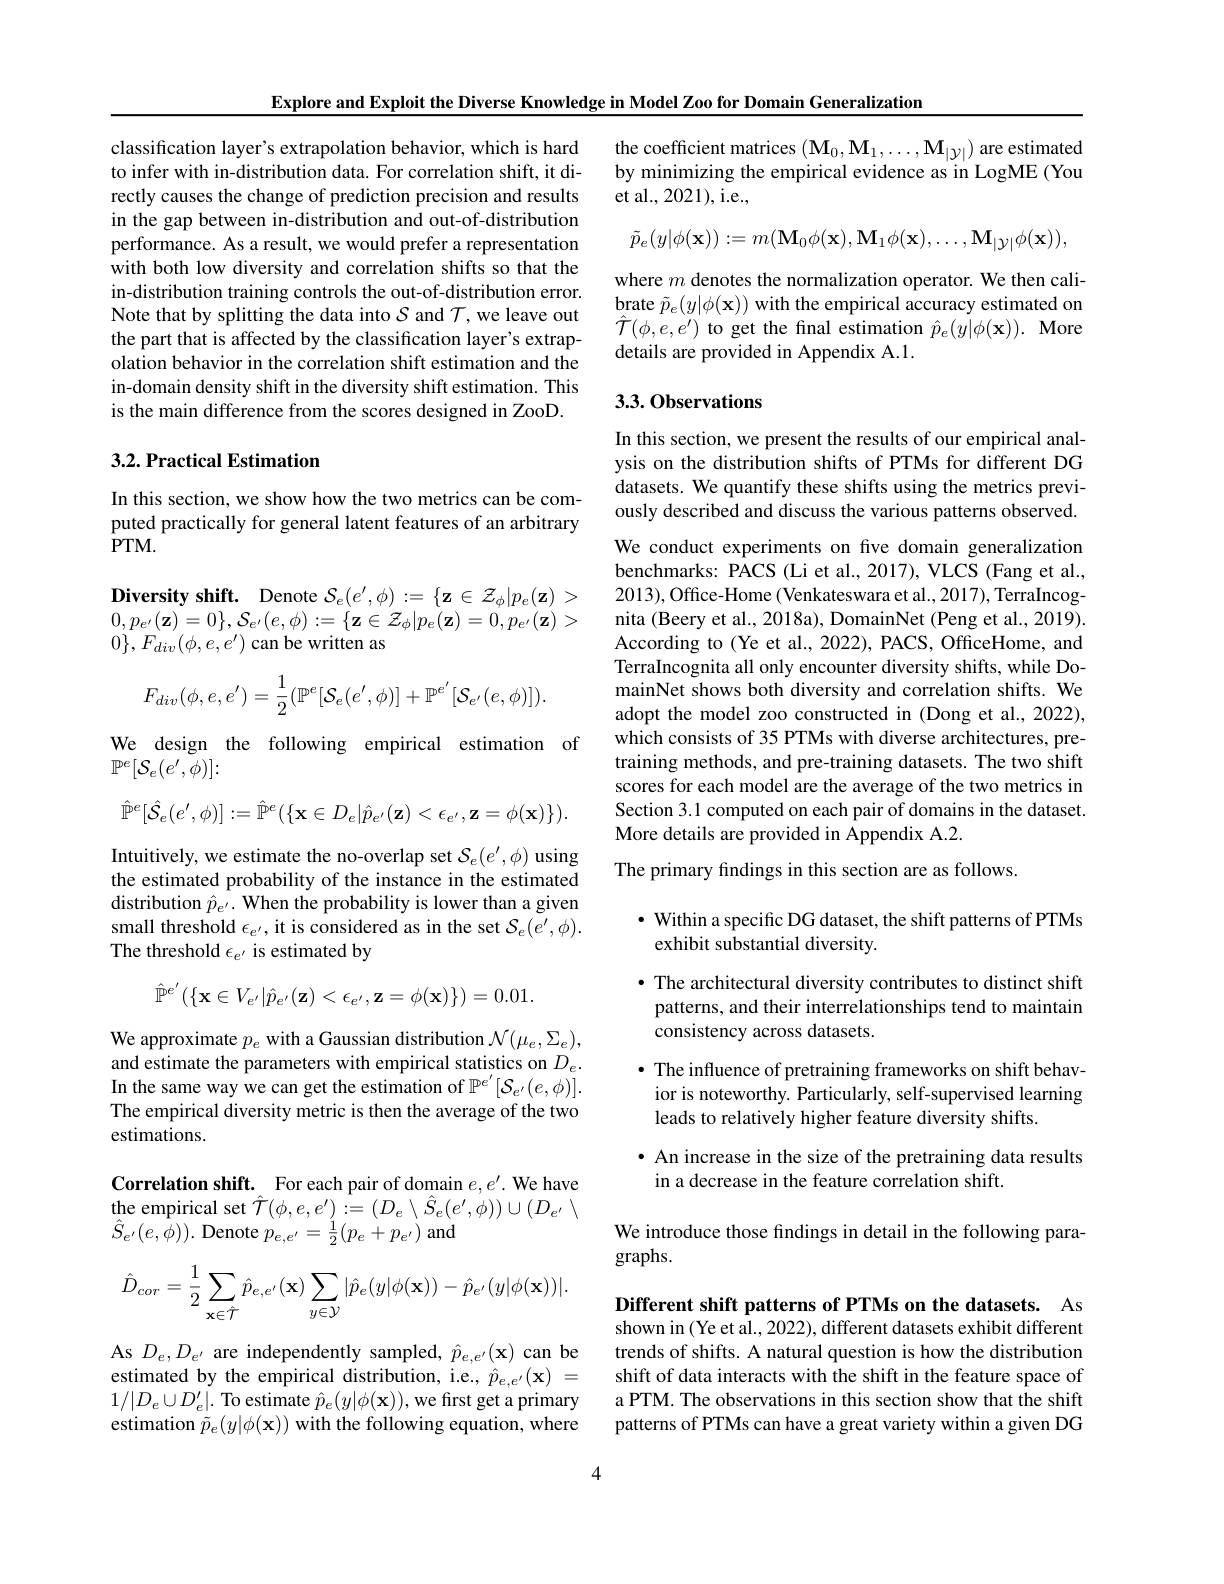
Explore and Exploit the Diverse Knowledge in Model Zoo for Domain Generalization

classification layer's extrapolation behavior, which is hard to infer with in-distribution data. For correlation shift, it directly causes the change of prediction precision and results in the gap between in-distribution and out-of-distribution performance. As a result, we would prefer a representation with both low diversity and correlation shifts so that the in-distribution training controls the out-of-distribution error. Note that by splitting the data into $S$ and $\mathcal{T}$,we leave out the part that is affected by the classification layer's extrapolation behavior in the correlation shift estimation and the in-domain density shift in the diversity shift estimation. This is the main difference from the scores designed in ZooD.

## $3. 2. \textbf{Practical Estimation}$

In this section, we show how the two metrics can be computed practically for general latent features of an arbitrary $\bar{P}$TM.

$\textbf{Diversity shift. Denote }S_{e}( e^{\prime }, \phi ) : = \{ \mathbf{z} \in \mathcal{Z} _{\phi }| p_{e}( \mathbf{z} ) >$

$\begin{array}{l}{0,p_{e^{\prime}}(\mathbf{z})=0\},\mathcal{S}_{e^{\prime}}(e,\phi):=\{\mathbf{z}\in\mathcal{Z}_{\phi}|p_{e}(\mathbf{z})=0,p_{e^{\prime}}(\mathbf{z})>}\\{0,p_{e^{\prime}}(\mathbf{z})=0\},\mathcal{S}_{e^{\prime}}(e,\phi):=\{\mathbf{z}\in\mathcal{Z}_{\phi}|p_{e}(\mathbf{z})=0,p_{e^{\prime}}(\mathbf{z})>}\end{array}$

$0\},F_{div}(\phi,e,e^{\prime})$ can be written as
$$F_{div}(\phi,e,e')=\frac{1}{2}(\mathbb{P}^{e}[\mathcal{S}_{e}(e',\phi)]+\mathbb{P}^{e'}[\mathcal{S}_{e'}(e,\phi)]).$$
We design the following empirical estimation of

$\mathbb{P}^e[\mathcal{S}_e(e^{\prime},\phi)]:$
$$\hat{\mathbb{P}}^{e}[\hat{\mathcal{S}}_{e}(e^{\prime},\phi)]:=\hat{\mathbb{P}}^{e}(\{\mathbf{x}\in D_{e}|\hat{p}_{e^{\prime}}(\mathbf{z})<\epsilon_{e^{\prime}},\mathbf{z}=\phi(\mathbf{x})\}).$$
Intuitively, we estimate the no-overlap set $\mathcal{S}_e(e^{\prime},\phi)$ using the estimated probability of the instance in the estimated distribution $\hat{p}_e^{\prime}.$ When the probability is lower than a given small threshold $\epsilon_{e^{\prime}}$, it is considered as in the set $\mathcal{S}_e(e^{\prime},\phi).$ The threshold $\epsilon_e$ is estimated by
$$\hat{\mathbb{P}}^{e'}(\{\mathbf{x}\in V_{e'}|\hat{p}_{e'}(\mathbf{z})<\epsilon_{e'},\mathbf{z}=\phi(\mathbf{x})\})=0.01.$$
We approximate $p_e$ with a Gaussian distribution $\mathcal{N}(\mu_e,\Sigma_e)$, and estimate the parameters with empirical statistics on $D_e.$ In the same way we can get the estimation of $\mathbb{P}^{e^{\prime}}[\mathcal{S}_{e^{\prime}}(e,\phi)].$ The empirical diversity metric is then the average of the two estimations.

Correlation shift. For each pair of domain $e,e^\prime.$ We have the empirical set $\hat{\mathcal{T}}(\phi,e,e^{\prime}):=(D_{e}\setminus\hat{S}_{e}(e^{\prime},\phi))\cup(D_{e^{\prime}}\setminus$ $\hat{S}_{e^{\prime}}(e,\hat{\phi})).$ Denote $p_{e,e^{\prime}}=\frac{1}{2}(p_{e}+p_{e^{\prime}})$ and
$$\hat{D}_{cor}=\frac{1}{2}\sum_{{\mathbf{x}\in\hat{T}}}\hat{p}_{{e,e'}}(\mathbf{x})\sum_{{y\in\mathcal{Y}}}|\hat{p}_{e}(y|\phi(\mathbf{x}))-\hat{p}_{{e'}}(y|\phi(\mathbf{x}))|.$$
As $D_{e},D_{e^{\prime}}$ are independently sampled, $\hat{p}_{e,e^{\prime}}(\mathbf{x})$ can be estimated by the empirical distribution, i.e., $\hat{p}_{e,e^{\prime}}(\mathbf{x})=$ $1/|D_{e}\cup D_{e}^{\prime}|.$ To estimate $\hat{p}_e(y|\phi(\mathbf{x}))$,we first get a primary estimation $\tilde{p}_{e}(y|\phi(\mathbf{x}))$ with the following equation, where

the coefficient matrices $(\mathbf{M}_0,\mathbf{M}_1,\ldots,\mathbf{M}_{|\mathcal{Y}|})$ are estimated by minimizing the empirical evidence as in LogME (You et al., 2021), i.e.,
$$\tilde{p}_{e}(y|\phi(\mathbf{x})):=m(\mathbf{M}_{0}\phi(\mathbf{x}),\mathbf{M}_{1}\phi(\mathbf{x}),\ldots,\mathbf{M}_{|\mathcal{Y}|}\phi(\mathbf{x})),$$
where $m$ denotes the normalization operator. We then calibrate $\tilde{p}_{e}(y|\phi(\mathbf{x}))$ with the empirical accuracy estimated on $\hat{\mathcal{T}}(\phi,e,e^{\prime})$ to get the fnal estimation $\hat{p}_e(y|\phi(\mathbf{x})).$ More details are provided in Appendix A.1.

## 3.3. Observations

In this section, we present the results of our empirical analysis on the distribution shifts of PTMs for different DG datasets. We quantify these shifts using the metrics previously described and discuss the various patterns observed. We conduct experiments on five domain generalization benchmarks: PACS (Li et al., 2017), VLCS (Fang et al., 2013), Office- Home ( Venkateswara et al., 2017), TerraIncognita (Beery et al., 2018a), DomainNet (Peng et al., 2019). According to (Ye et al., 2022), PACS, OfficeHome, and TerraIncognita all only encounter diversity shifts, while DomainNet shows both diversity and correlation shifts. We adopt the model zoo constructed in (Dong et al., 2022), which consists of 35 PTMs with diverse architectures, pretraining methods, and pre-training datasets. The two shift scores for each model are the average of the two metrics in Section 3.1 computed on each pair of domains in the dataset. More details are provided in Appendix A.2.
The primary findings in this section are as follows.

## $\cdot$ Within a specific DG dataset, the shift patterns of PTMs exhibit substantial diversity.

· The architectural diversity contributes to distinct shift patterns, and their interrelationships tend to maintain consistency across datasets.
$\bullet$ The influence of pretraining frameworks on shift behavior is noteworthy. Particularly, self-supervised learning leads to relatively higher feature diversity shifts.

· An increase in the size of the pretraining data results
in a decrease in the feature correlation shift.

We introduce those findings in detail in the following para-
graphs.

Different shift patterns of PTMs on the datasets. As shown in (Ye et al., 2022), different datasets exhibit different trends of shifts. A natural question is how the distribution shift of data interacts with the shift in the feature space of a PTM. The observations in this section show that the shift patterns of PTMs can have a great variety within a given DG

4